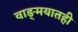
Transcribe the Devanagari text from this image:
वाङ्‌मयातही